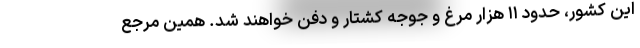
این کشور، حدود ۱۱ هزار مرغ و جوجه کشتار و دفن خواهند شد. همین مرجع